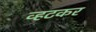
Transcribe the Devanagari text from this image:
व्हटकर